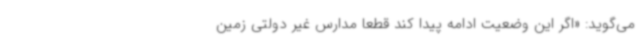
می‌گوید: «اگر این وضعیت ادامه پیدا کند قطعاً مدارس غیر دولتی زمین